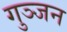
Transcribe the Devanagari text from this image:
गुञ्जन